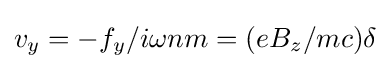
v_{y}=-f_{y}/i\omega nm=(eB_{z}/mc)\delta